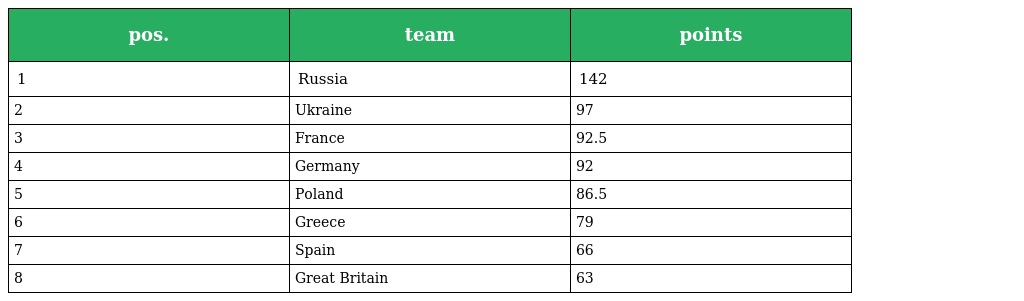
| pos. | team | points |
 | --- | --- | --- |
 | 1 | Russia | 142 |
 | 2 | Ukraine | 97 |
 | 3 | France | 92.5 |
 | 4 | Germany | 92 |
 | 5 | Poland | 86.5 |
 | 6 | Greece | 79 |
 | 7 | Spain | 66 |
 | 8 | Great Britain | 63 |